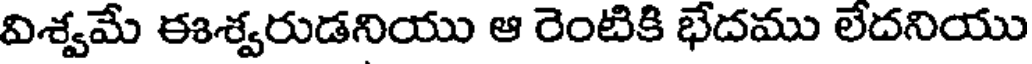
విశ్వమే ఈశ్వరుడనియు ఆ రెంటికి భేదము లేదనియు